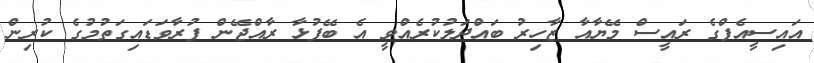
އައިސީއެފްގެ ރަައީސް މޭޔާއާ ޒާހިރު ބައްދަލުކުރެއްވީ އެ ބޭފުޅާ ރާއްޖޭން ފުރާވަޑައިގަތުމުގެ ކުރިން